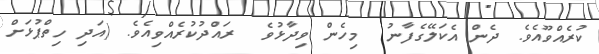
ކުރެއްވޫއެވެ. ދެން އެކަލޭގެފާނު  މިހެން ވިދާޅުވެ  ރައްދުކުރެއްވިއެވެ. (އަދި ހިތްޕުޅަށް